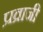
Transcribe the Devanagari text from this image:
प्रव्राजी